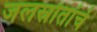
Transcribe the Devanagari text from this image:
जलस्रोतांचे